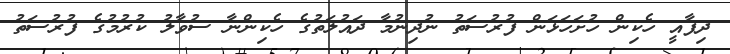
ދިފާއީ ހެކިން ހުށަހަޅަން ފުރުސަތު ނުދިނުމާ ދައުލަތުގެ ހެކިންނާ ސުވާލު ކުރުމުގެ ފުރުސަތު